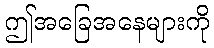
ဤအခြေအနေများကို